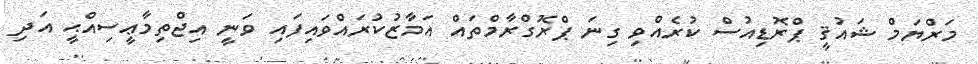
މަރްޔަމް ޝައުޤީ ޕްރޮޑިއުސް ކުރެއްވި ގިނަ ޕްރޮގްރާމްތައް އަމާޒުކުރައްވައިފައި ވަނީ އިޖްތިމާޢީސިއްޙީ އަދި